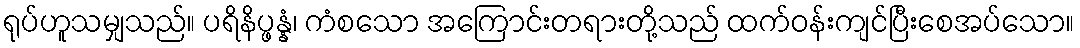
ရုပ်ဟူသမျှသည်။ ပရိနိပ္ဖန္နံ၊ ကံစသော အကြောင်းတရားတို့သည် ထက်ဝန်းကျင်ပြီးစေအပ်သော။